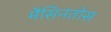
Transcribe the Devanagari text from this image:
मैसिनतोस